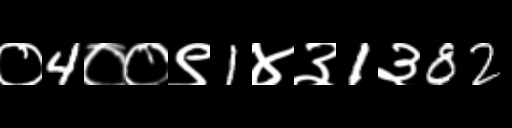
Text: ०4००९1४३1३82